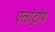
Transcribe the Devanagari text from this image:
एलोट्रोप